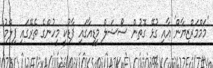
'މަމްމަރްޒިޔާން' އާއި ގުޅޭ ގޮތުން ސޯޝަލް މީޑީއާގައި ފާޑުކީ މީހުންގެ ތެރޭގައި ފިލްމު